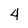
Character: 4